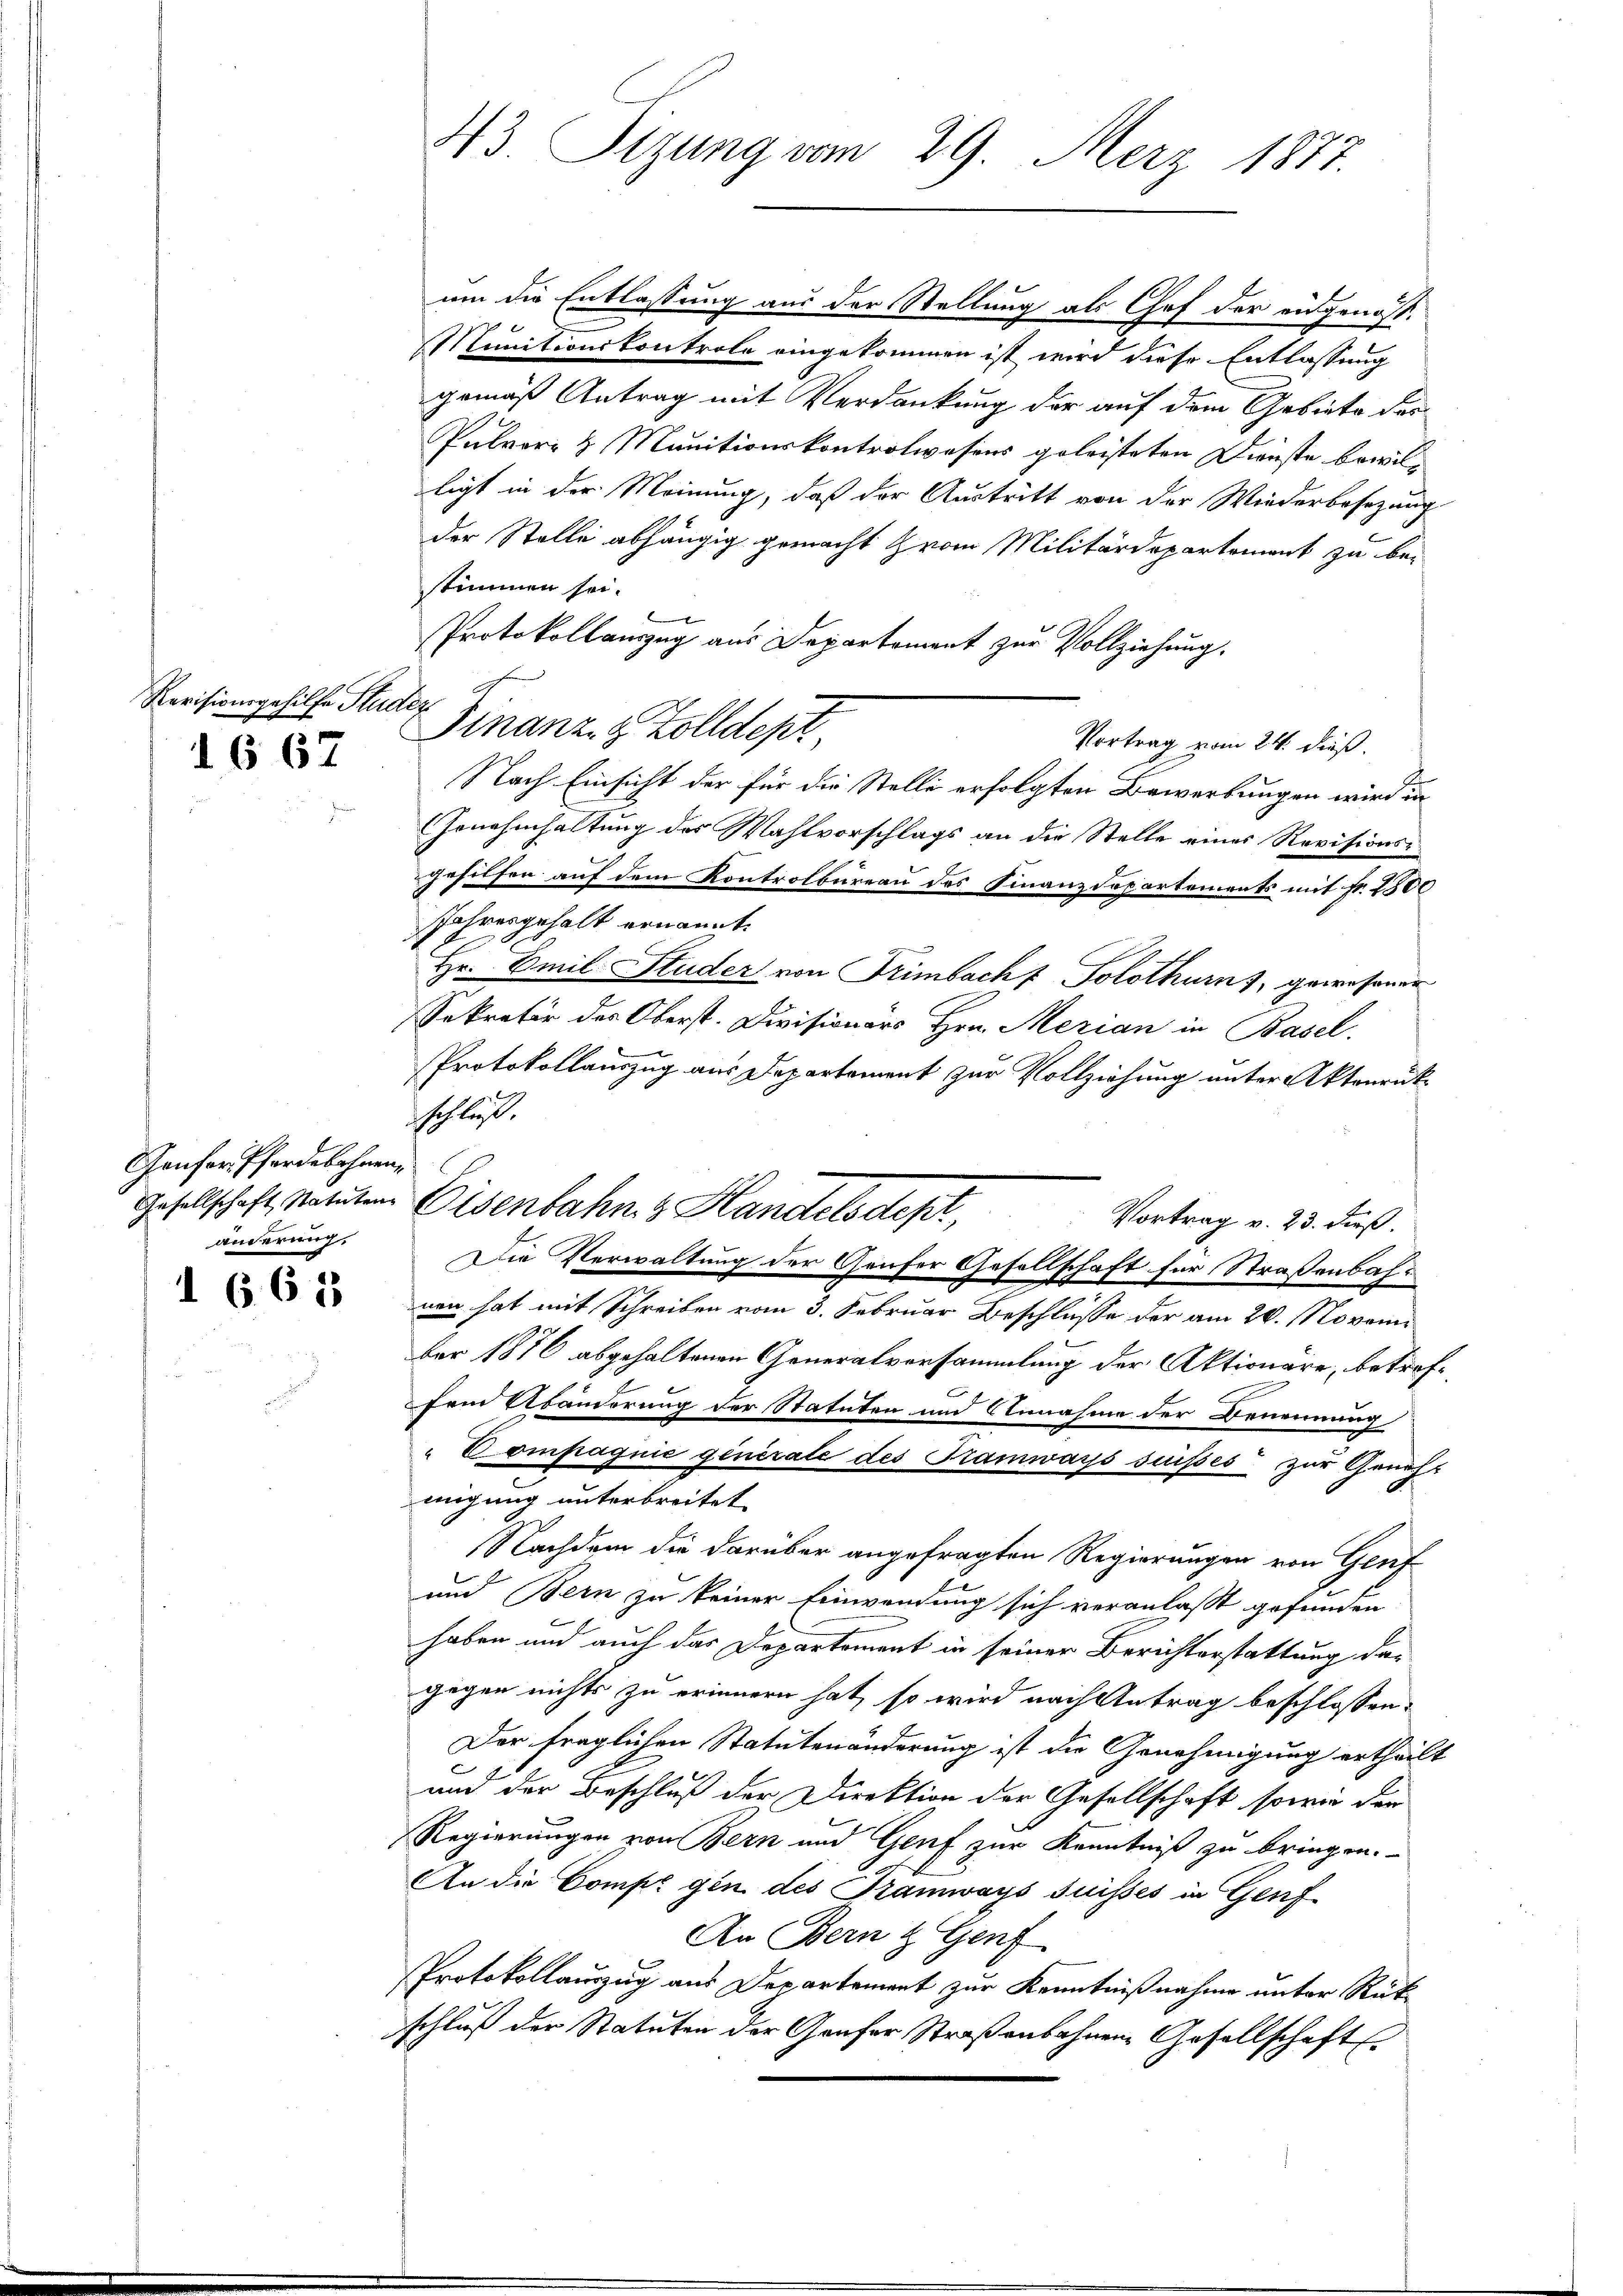
Revisionsgehilfe Sti
1667

Ganfer Pferdebahnen,
änderung,

1 662

43 Sizung vom 29. März 1887.

dh

um die Entlassung aus der Stellung als Chef der eidgenöss.
Munitionskontrole eingekommen ist wird diese Entlassung
gemäß Antrag mit Verdankung der auf dem Gebiete der
Pulver & Munitionskontrolwesens geleisteten Dienste bewilligt in der Meinung, daß der Austritt von der Wiederbesezung
der Stelle abhängig gemacht vom Militärdepartement zu bestimmen sei.
Protokollauszug aus Departement zur Vollziehung.
Finanz- & Zolldept
Vortrag vom 24. dieß.
Nach Einsicht der für die Stelle erfolgten Bewerbungen wird in
Genehmhaltung des Wahlvorschlags an die Stelle eines Revisions-
gehilfen auf dem Kontrolbureau des Finanzdepartements mit Fr. 2800
Jahresgehalt ernannt.
Hr. Emil Studer von Trimbach Solothurn), gewesener
Sekretir des Oberst. Divisionars Hrn. Merian in Basel,
Protokollauszug aus Departement zur Vollziehung unter Aktenrükschluß
Vortrag v. 23. dieß.
Die Verwaltung der Genfer Gesellschaft für Straßenbahr
nen hat mit Schreiben vom 3. Februar Beschlusse der am 20. November 1876 abgehaltenen Generalversammlung der Aktionare, betrefsein Abänderung der Statuten und Annahme der Benennung
Compagnie generale des Tramways suisses zur Genehmigung unterbreitet.
Nachdem die darüber angefragten Regierungen von Gluf
u
und Bern zu keiner Einwendung sich veranlasst gefunden
haben und auch das Departement in seiner Berichterstattung da-
gegen nichts zu erinnern hat, so wird nach Antrag beschlossen:
Der fraglichen Statutenänderung ist die Genehmigung ertheilt
und der Beschluß der Direktion der Gesellschaft sowie der
Regierungen von Bern und Genf zur Kenntniß zu bringen.
An die Compl gen des Tramways suisses in Genf
An Bern & Genf
Protokollauszug aus Departement zur Kenntnißnahme unter Rükschluß der Statuten der Grafer Straßenbahnen Gesellschaft

Gesellschaft, statuten Eisenbahn & Handelsdept,